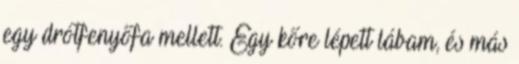
egy drótfenyőfa mellett. Egy kőre lépett lábam, és más